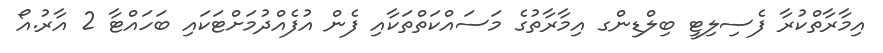
އިމާރާތްކުރާ ފެސިލިޓީ ބިލްޑިންގ އިމާރާތުގެ މަސައްކަތްތަކާއި ފެން އުފެއްދުމަށްޓަކައި ބަހައްޓާ 2 އާރު.އޯ